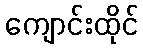
ကျောင်းထိုင်